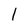
Character: 1